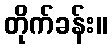
တိုက်ခန်း။